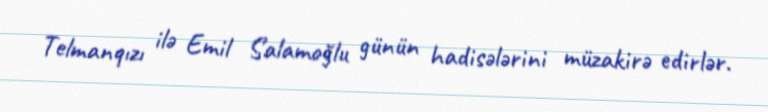
Telmanqızı ilə Emil Salamoğlu günün hadisələrini müzakirə edirlər.